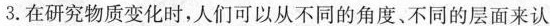
3.在研究物质变化时，人们可以从不同的角度、不同的层面来认